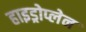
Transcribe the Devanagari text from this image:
हाइड्रोप्लेन